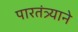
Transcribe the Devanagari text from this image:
पारतंत्र्याने